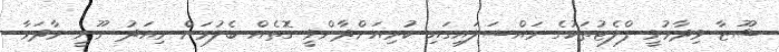
ޝޫޒާ ވިދާޅުވީ ފްލެޓުތަކުގެ މައްސަލައިގައި ކުރިއަށްދާންވީ ގޮތެއް ބެލުމަށް މިއަދު ނޫނީ މާދަމާ